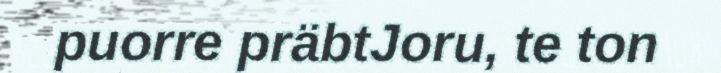
puorre präbtJoru, te ton